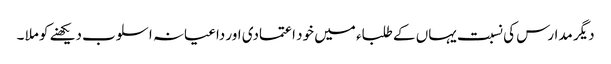
دیگر مدارس کی نسبت یہاں کے طلباء میں خود اعتمادی اور داعیانہ اسلوب دیکھنے کو ملا ۔